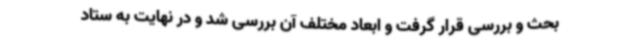
بحث و بررسی قرار گرفت و ابعاد مختلف آن بررسی شد و در نهایت به ستاد